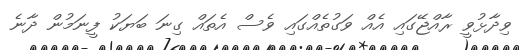
ވިދާޅުވީ ރާއްޖޭގައި އެއް ވަގުތެއްގައި ވެސް އެތައް ގިނަ ބަޔަކު ފީނަމުން ދާނެ